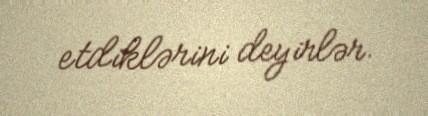
etdiklərini deyirlər.